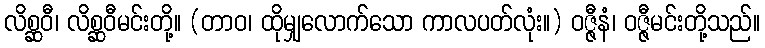
လိစ္ဆဝီ၊ လိစ္ဆဝီမင်းတို့။ (တာဝ၊ ထိုမျှလောက်သော ကာလပတ်လုံး။) ဝဇ္ဇီနံ၊ ဝဇ္ဇီမင်းတို့သည်။